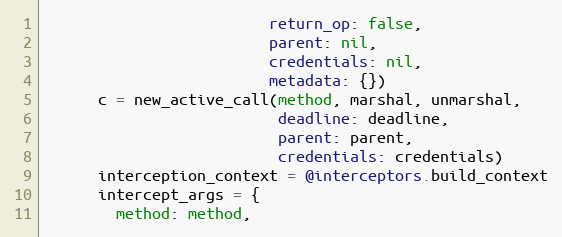
Language: Ruby
                         return_op: false,
                         parent: nil,
                         credentials: nil,
                         metadata: {})
      c = new_active_call(method, marshal, unmarshal,
                          deadline: deadline,
                          parent: parent,
                          credentials: credentials)
      interception_context = @interceptors.build_context
      intercept_args = {
        method: method,